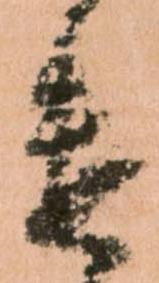
遣